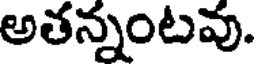
అతన్నంటవు.